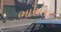
ભાસકર